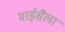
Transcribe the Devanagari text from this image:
माईसैला